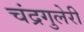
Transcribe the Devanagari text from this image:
चंद्रगुलेरी